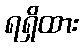
ရရှိထား